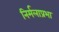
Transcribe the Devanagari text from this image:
निर्मलाप्रभा